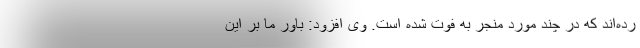
رده‌اند که در چند مورد منجر به فوت شده است. وی افزود: باور ما بر این